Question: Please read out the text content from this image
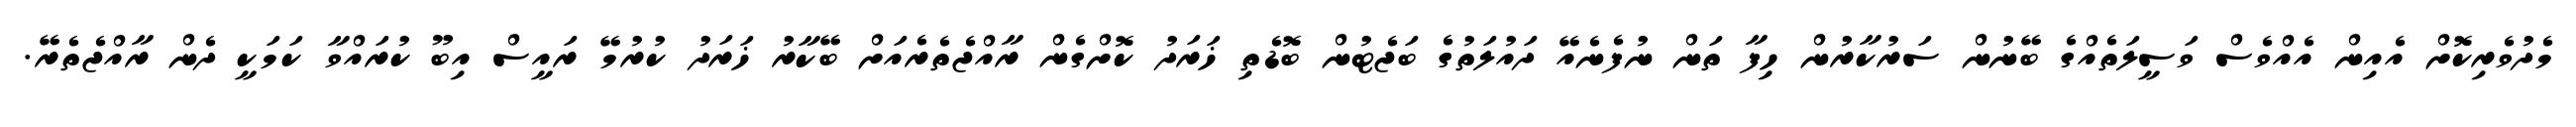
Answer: މެދުވެރިކޮށް އެއިން އެއްވެސް ވަސީލަތެއްގެ ބޭނުން ސަރުކާރުން ހިފާ ތަން ނުފެނެއޭ ދައުލަތުގެ ބަޖެޓުން ބޮޑެތި ޚަރަދު ކޮށްގެން ރާއްޖެތެރެއަށް ބޭކާރު ޚަރަދު ކުރުމޭ ރައީސް އިބޫ ކުރައްވާ ކަމަކީ ދެން ރާއްޖެތެރޭ.